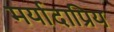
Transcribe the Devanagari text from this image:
मर्यादाप्रिय